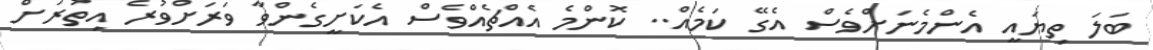
ބަލަ ތިޔައީ އެންމެނަށްވެސް އެގޭ ކަމެއް.. ކޮންމެ އެއްޗެއްވެސް އެކަށީގެންވާ ވަރަށްވުރެ އިތުރަށް